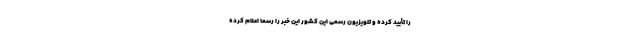
را تأ‌یید کرده و تلویزیون رسمی این کشور این خبر را رسما اعلام کرده